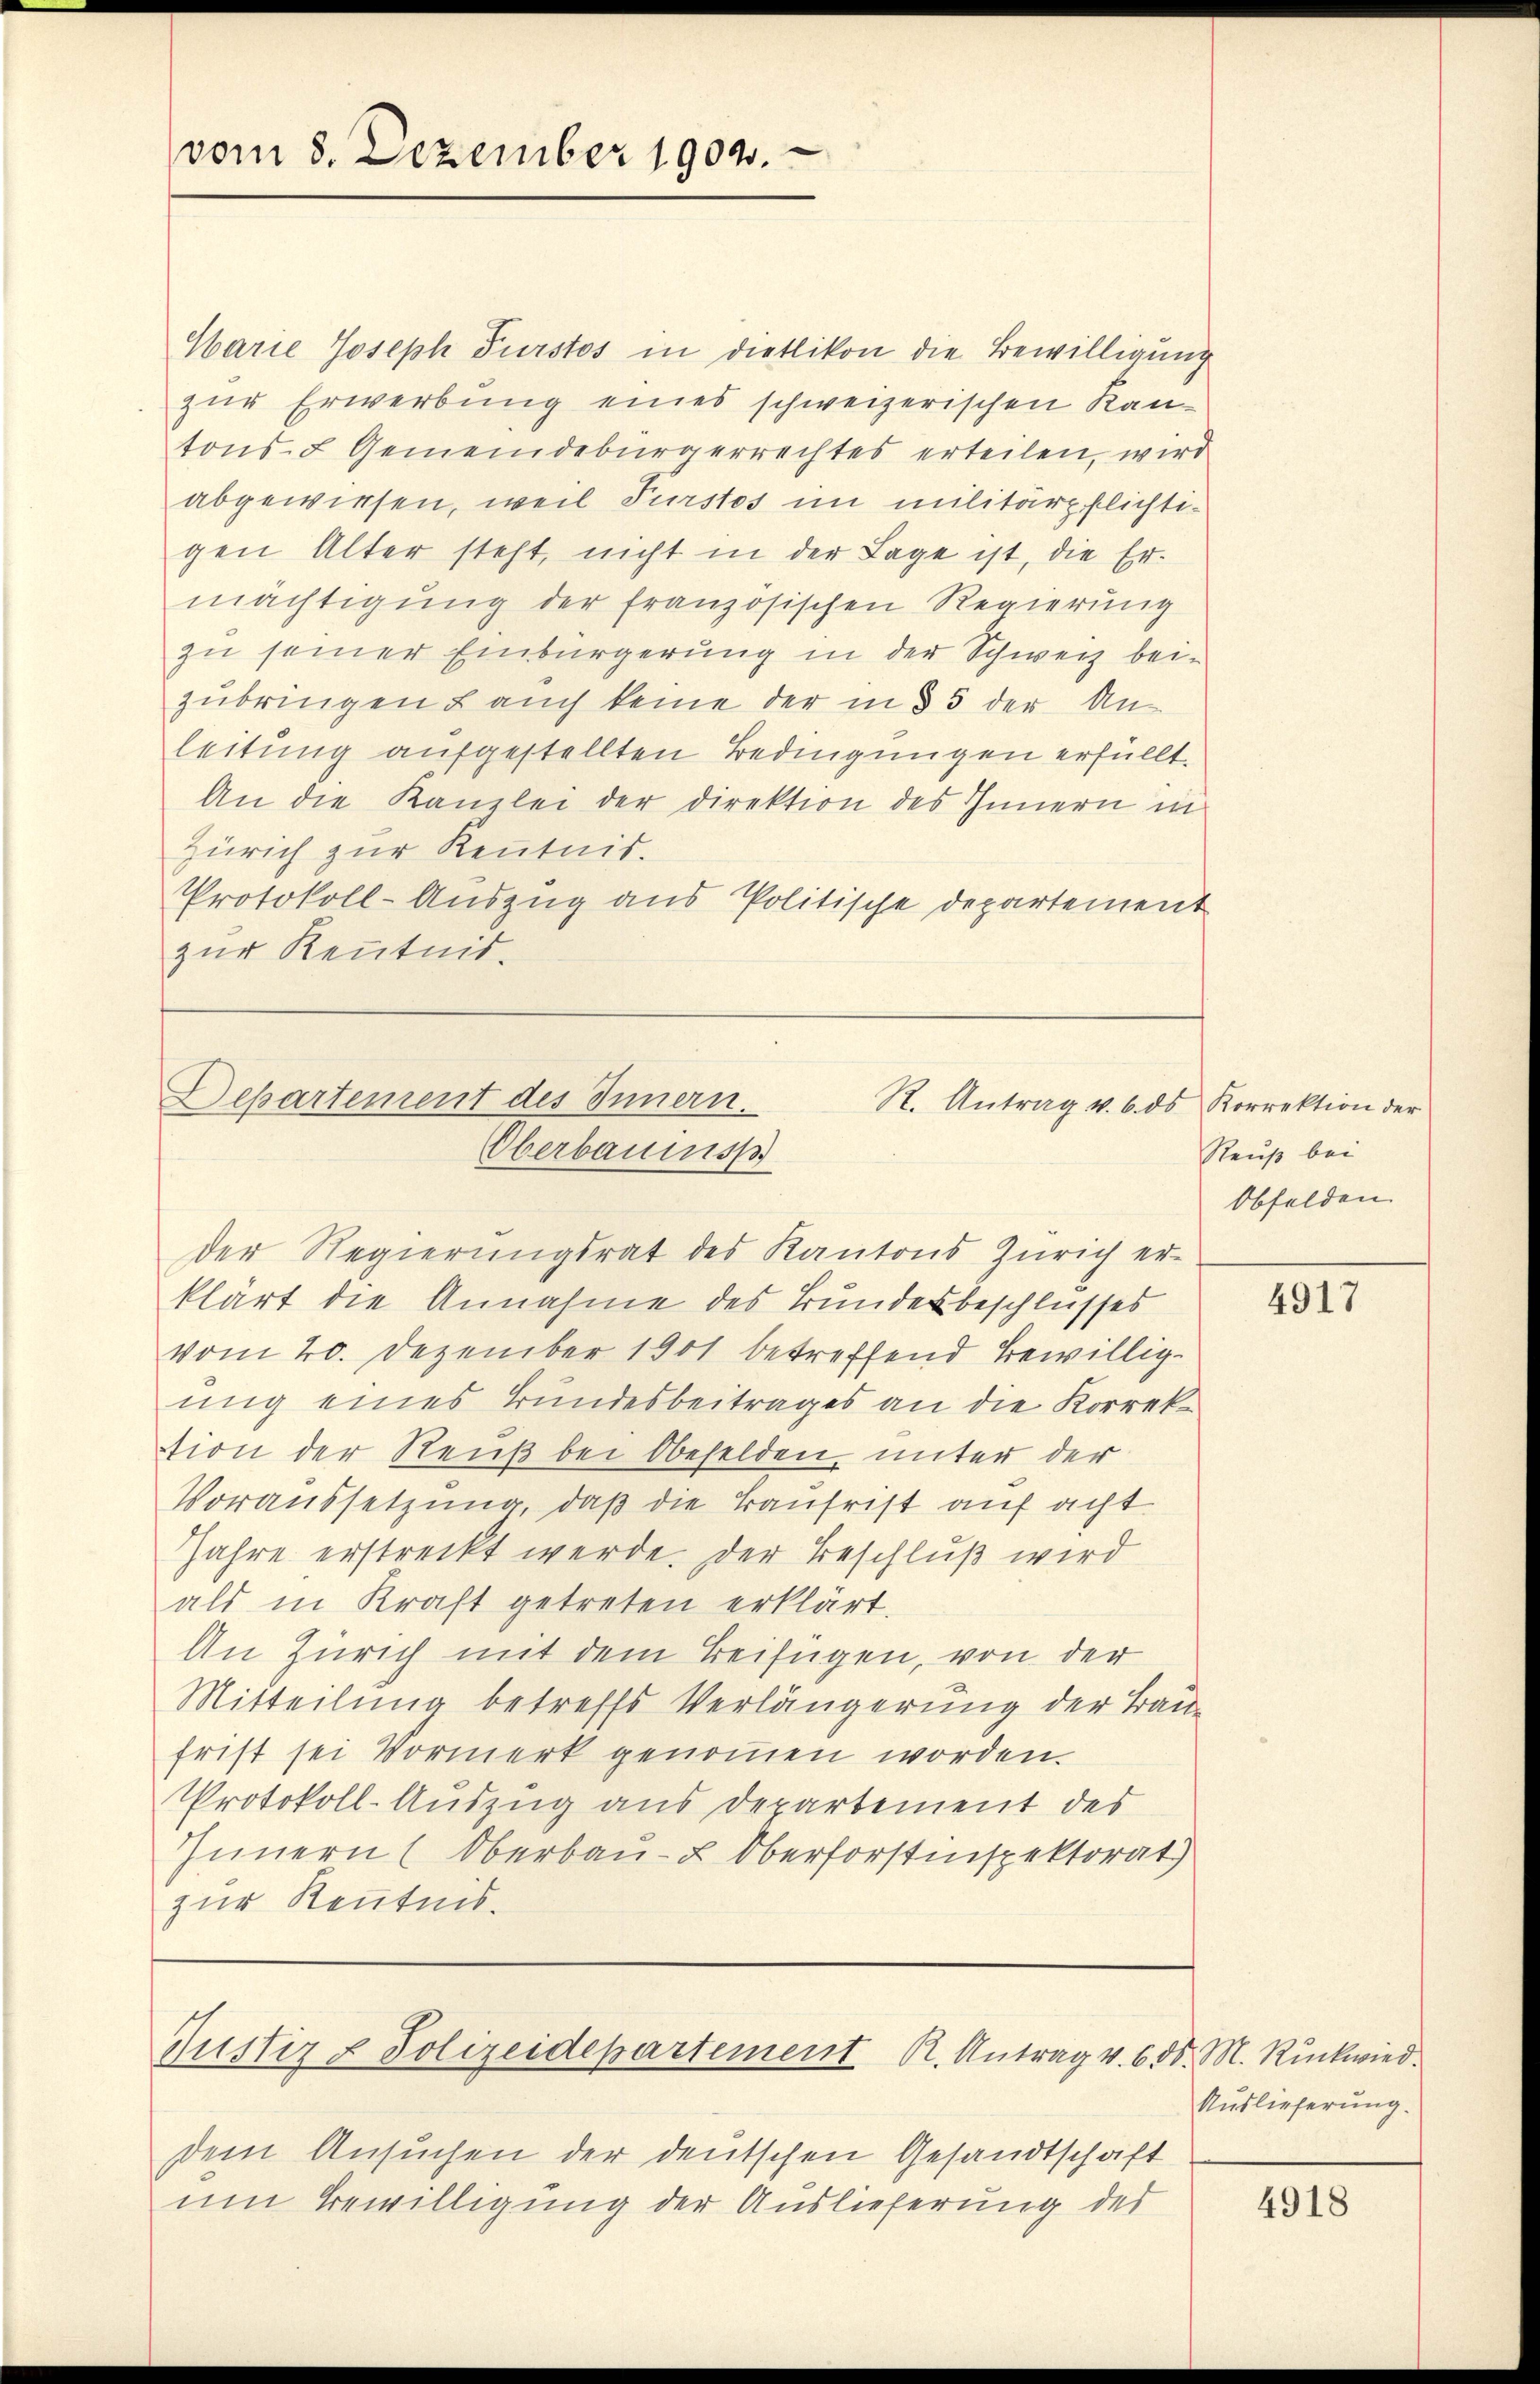
vom 8. Dezember 1904.

Warie Joseph Furstos in Dietlikon die Bewilligung
zur Erwerbung eines schweizerischen Kantons- u Gemeindebürgerrechtes erteilen, wird
abgewiesen, weil furstos im militärpflichtigen Alter steht, nicht in der Lage ist, die Er-
mächtigung der französischen Regierung
zu seiner Einbürgerung in der Schweiz bei-
zubringen auch keine der in § 5 der An-
leitung aufgestellten Bedingungen erfüllt.
An die Kanzlei der Direktion des Innern in
Zürich zur Kenntnis.
Protokoll-Auszug aus Politische Departement
zur Kenntnis.

Departement des Innern.
R. Antrag v. 6. ds
Oberbaues

Justiz & Polizeidepartement K. Antrag v. 6. d. M. Rückwied

dem Ansuchen der deutschen Gesandtschaft
um Bewilligung der Auslieferung des

Korrektion der
Reuß bei
Obfelden.

der Regierŭngsrat des Kantons Zürich er-
klärt die Annahme des Bundesbeschlusses
vom 20. Dezember 1901 betreffend Bewilligung eines Bundesbeitrages an die Korrektion der Reuß bei Obefelden, unter der
Voraussetzung, daß die Baufrist auf acht
Jahre erstreckt werde. Der Beschluß wird
ald in Kraft getreten erklärt.
An Zürich mit dem Beifügen, von der
Mitteilung betreffs Verlängerung der Baufrist sei Vormerk genommen worden.
Protokoll-Auszug aus Departement des
Innern (Oberbau- & Oberforstinspektorat
zur Kenntnis.

4917

Auslieferung.

4918